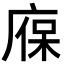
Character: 𢉣